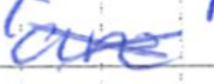
Text: are
Cross-out: cross
Writing tool: ballpoint